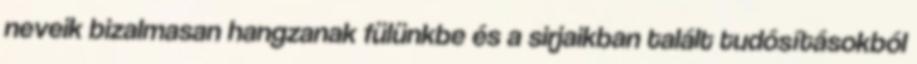
neveik bizalmasan hangzanak fülünkbe és a sirjaikban talált tudósításokból